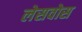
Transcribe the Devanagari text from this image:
लेसवोस